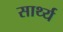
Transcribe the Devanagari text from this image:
सार्थ्य